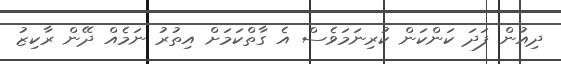
ދިއުން ފަދަ ކަންކަން ކުރިނަމަވެސް އެ ގާތްކަމަށް އިތުރު ނަމެއް ދޭން ރާކިޒު